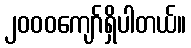
၂၀၀၀ကျော်ရှိပါတယ်။